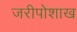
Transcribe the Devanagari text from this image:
जरीपोशाख